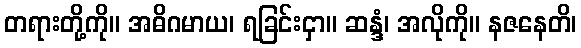
တရားတို့ကို။ အဓိဂမာယ၊ ရခြင်းငှာ။ ဆန္ဒံ၊ အလိုကို။ နဇနေတိ၊